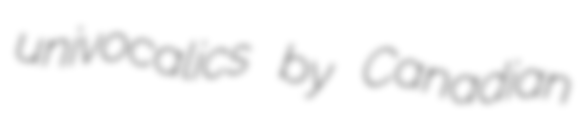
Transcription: univocalics by Canadian